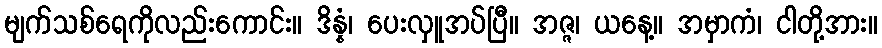
မျက်သစ်ရေကိုလည်းကောင်း။ ဒိန္နံ၊ ပေးလှူအပ်ပြီ။ အဇ္ဇ၊ ယနေ့။ အမှာကံ၊ ငါတို့အား။